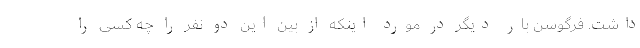
داشت. فرگوسن بار دیگر در مورد اینکه از بین این دو نفر را چه کسی را